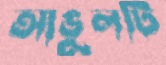
আঙুলটি